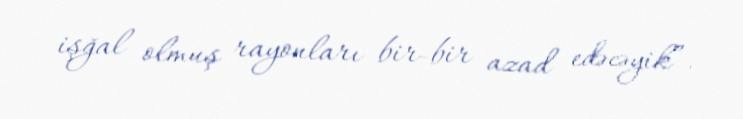
işğal olmuş rayonları bir-bir azad edəcəyik”.